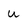
Character: u